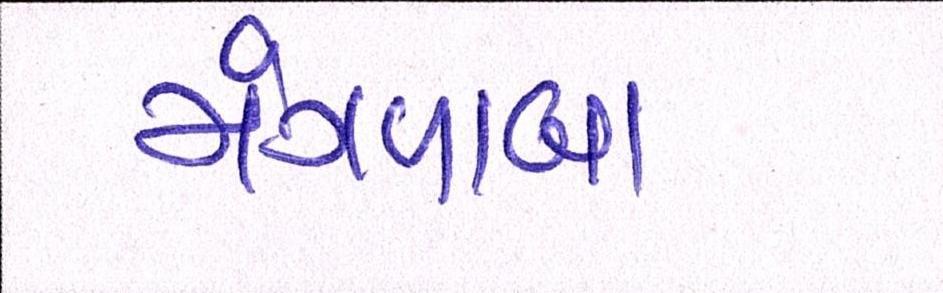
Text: મંગળાબા